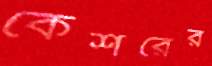
কেশরের